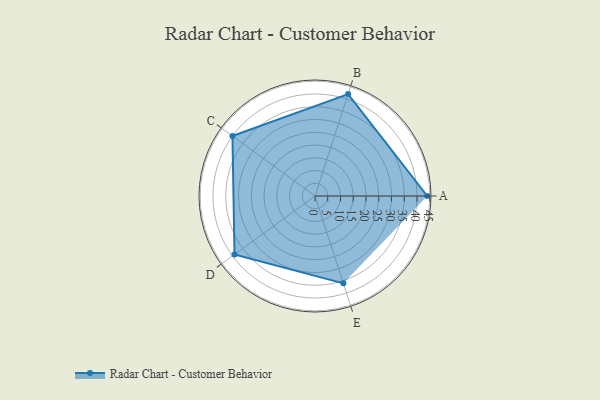
{"axis": {"x": "Skill", "y": "Score"}, "legend": ["Profile"], "data": [{"x": "A", "y": 44.0, "type": "Profile"}, {"x": "B", "y": 42.0, "type": "Profile"}, {"x": "C", "y": 40.0, "type": "Profile"}, {"x": "D", "y": 39.0, "type": "Profile"}, {"x": "E", "y": 36.0, "type": "Profile"}]}